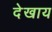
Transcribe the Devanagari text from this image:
देखाय